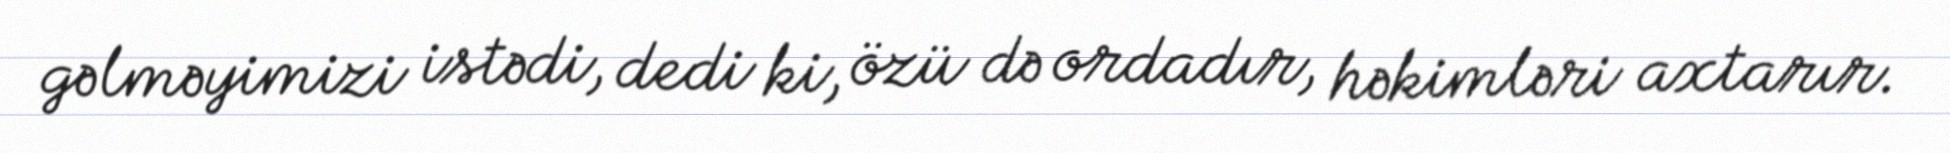
gəlməyimizi istədi, dedi ki, özü də ordadır, həkimləri axtarır.